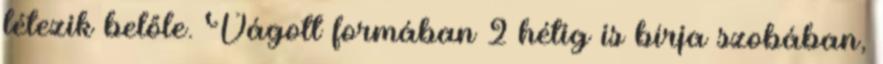
létezik belőle. Vágott formában 2 hétig is bírja szobában,